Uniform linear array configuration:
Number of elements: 32
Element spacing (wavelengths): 0.5
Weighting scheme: hamming
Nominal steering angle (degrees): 60
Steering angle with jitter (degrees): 59.962
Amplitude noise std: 0.05
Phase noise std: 0.05

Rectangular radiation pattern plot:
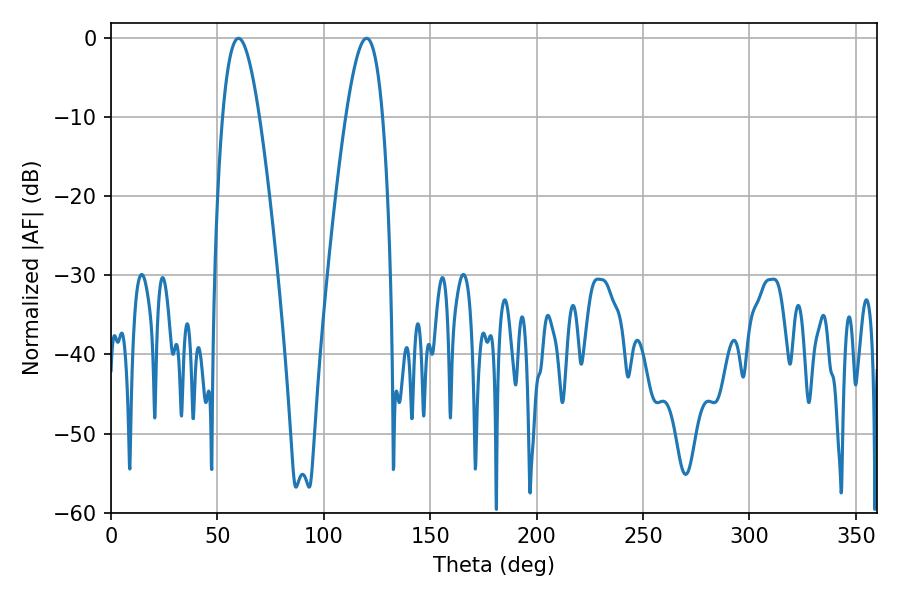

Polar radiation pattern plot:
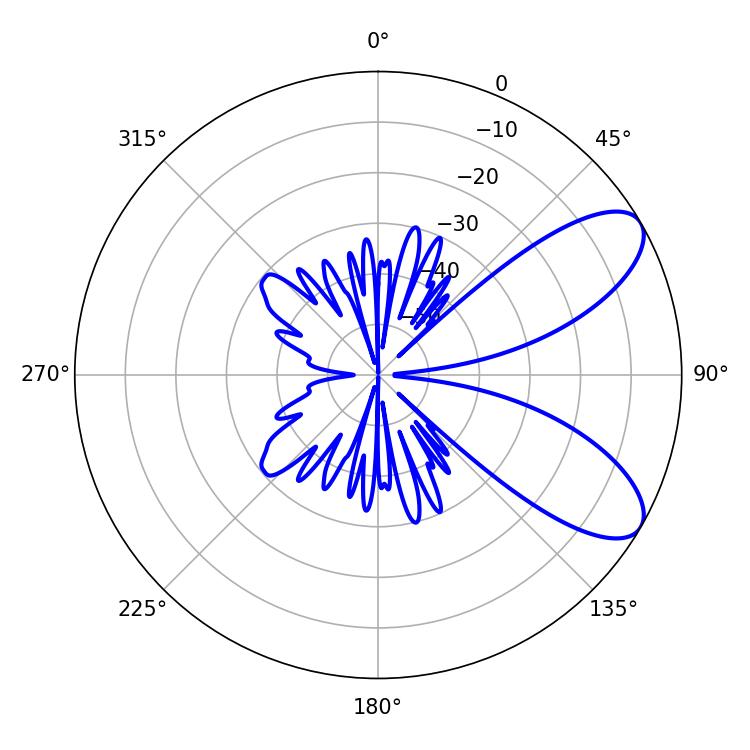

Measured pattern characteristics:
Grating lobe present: FALSE
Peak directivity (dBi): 8.117
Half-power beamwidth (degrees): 9.36
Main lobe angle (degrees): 59.94